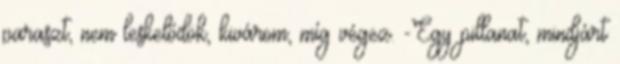
paraszt, nem leskelődök, kivárom, míg végez. -Egy pillanat, mindjárt